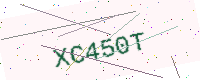
Text: XC450T